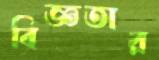
বিজ্ঞতার